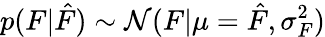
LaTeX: p(F|\hat{F})\sim\mathcal{N}(F|\mu=\hat{F},\sigma_{F}^{2})